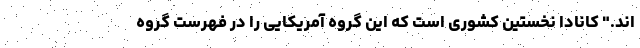
اند." کانادا نخستین کشوری است که این گروه آمریکایی را در فهرست گروه